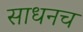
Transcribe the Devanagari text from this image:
साधनच